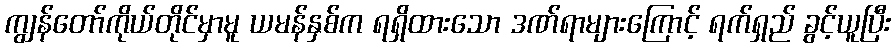
ကျွန်တော်ကိုယ်တိုင်မှာမူ ယမန်နှစ်က ရရှိထားသော ဒဏ်ရာများကြောင့် ရက်ရှည် ခွင့်ယူပြီး